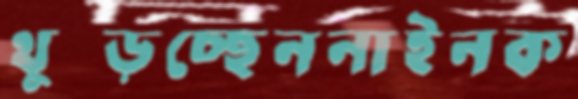
থুব্‌ড়চ্ছেননাইনক